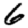
Digit: 6